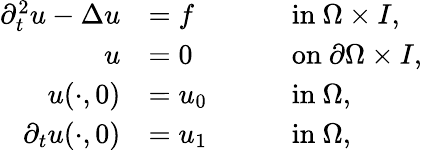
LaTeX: \begin{array}{rlrl}{\partial_{t}^{2}u-\Delta u}&{=f\quad}&&{\mathrm{in}~\Omega\times I,}\\ {u}&{=0\quad}&&{\mathrm{on}~\partial\Omega\times I,}\\ {u(\cdot,0)}&{=u_{0}\quad}&&{\mathrm{in}~\Omega,}\\ {\partial_{t}u(\cdot,0)}&{=u_{1}\quad}&&{\mathrm{in}~\Omega,}\end{array}